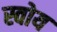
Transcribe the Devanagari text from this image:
स्वोय